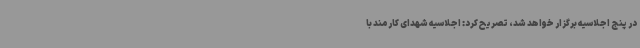
در پنج اجلاسیه برگزار خواهد شد، تصریح کرد: اجلاسیه شهدای کارمند با